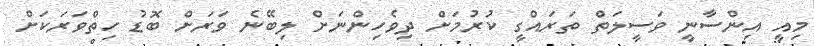
މިއީ އިންސާނީ ވަސީލަތް ތަރައްގީ ކުރުމަށް ދިވެހިންނަށް ލިބޭނެ ވަރަށް ބޮޑު ހިތްވަރަކަށް